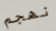
نهجم